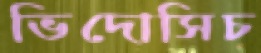
ভিদোসিচ